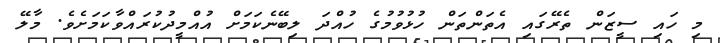
މި ހައި ސީޒަން ތެރޭގައި އެތަންތަން ހުޅުވުމުގެ ހުއްދަ ލިބޭނެކަމަށް އުއްމީދުކުރައްވާކަމަށެވެ. މާލޭ